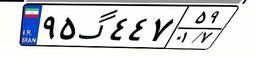
۹۵گ۴۴۷۵۹